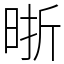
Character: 晣